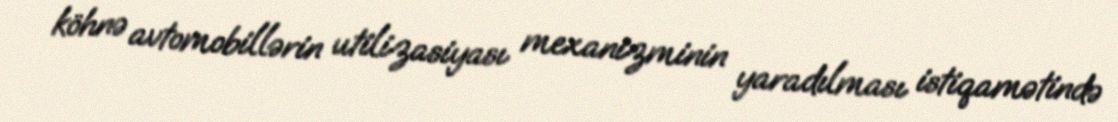
köhnə avtomobillərin utilizasiyası mexanizminin yaradılması istiqamətində